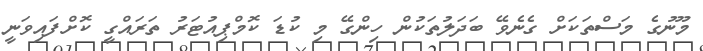
މޫނުގެ މަސްތަކަށް ގެނެވޭ ބަދަލުތަކުން ހިންގޭ މި ކުޑަ ކޮމްޕިއުޓަރު ތަރައްގީ ކޮށްފައިވަނީ